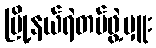
မြို့နယ်ရဲတပ်ဖွဲ့မှူး